Malarial fevers
Disease focus: Malaria
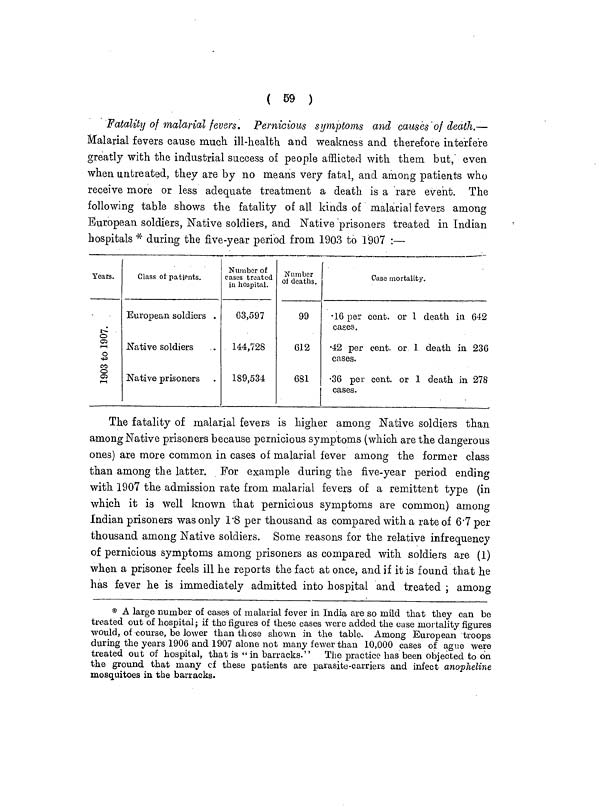
( 59 )
Fatality of malarial fevers. Pernicious symptoms and causes of death.—
Malarial fevers cause much ill-health, and weakness and therefore interfere
greatly with the industrial success of people afflicted with them but,' even
when untreated, they are by no means very fatal, and among patients who
receive more or less adequate treatment a death is a rare event. The
following table shows the fatality of all kinds of malarial fevers among
European soldiers, Native soldiers, and Native prisoners treated in Indian
hospitals * during the five-year period from 1903 to 1907 :—
Years.
1903 to 1907
Class of patients.
European soldiers .
Native soldiers
Native prisoners
Number of
cases treated
in hospital.
63,597
144,728
189,534
Number
of deaths.
99
612
681
Case mortality.
•16 per cent. or 1 death in 642
cases.
•42 per cent, or 1 death in 236
cases.
•36 per cent. or 1 death in 278
cases.
The fatality of malarial fevers is higher among Native soldiers than
among Native prisoners because pernicious symptoms (which are the dangerous
ones) are more common in cases of malarial fever among the former class
than among the latter. For example during the five-year period ending
with 1907 the admission rate from malarial fevers of a remittent type (in
which it is well known that pernicious symptoms are common) among
Indian prisoners was only 1.8 per thousand as compared with a rate of 6.7per
thousand among Native soldiers. Some reasons for the relative infrequency
of pernicious symptoms among prisoners as compared with soldiers are (1)
when a prisoner feels ill he reports the fact at once, and if it is found that he
has fever he is immediately admitted into hospital and treated ; among
* A large number of cases of malarial fever in India are so mild that they can be
treated out of hospital; if the figures of these cases were added the case mortality figures
would, of course, be lower than those shown in the table. Among European troops
during the years 1906 and 1907 alone not many fewer than 10,000 cases of ague were
treated out of hospital, that is "in barracks." The practice has been objected to on
the ground that many of these patients are parasite-carriers and infect anopheline
mosquitoes in the barracks.